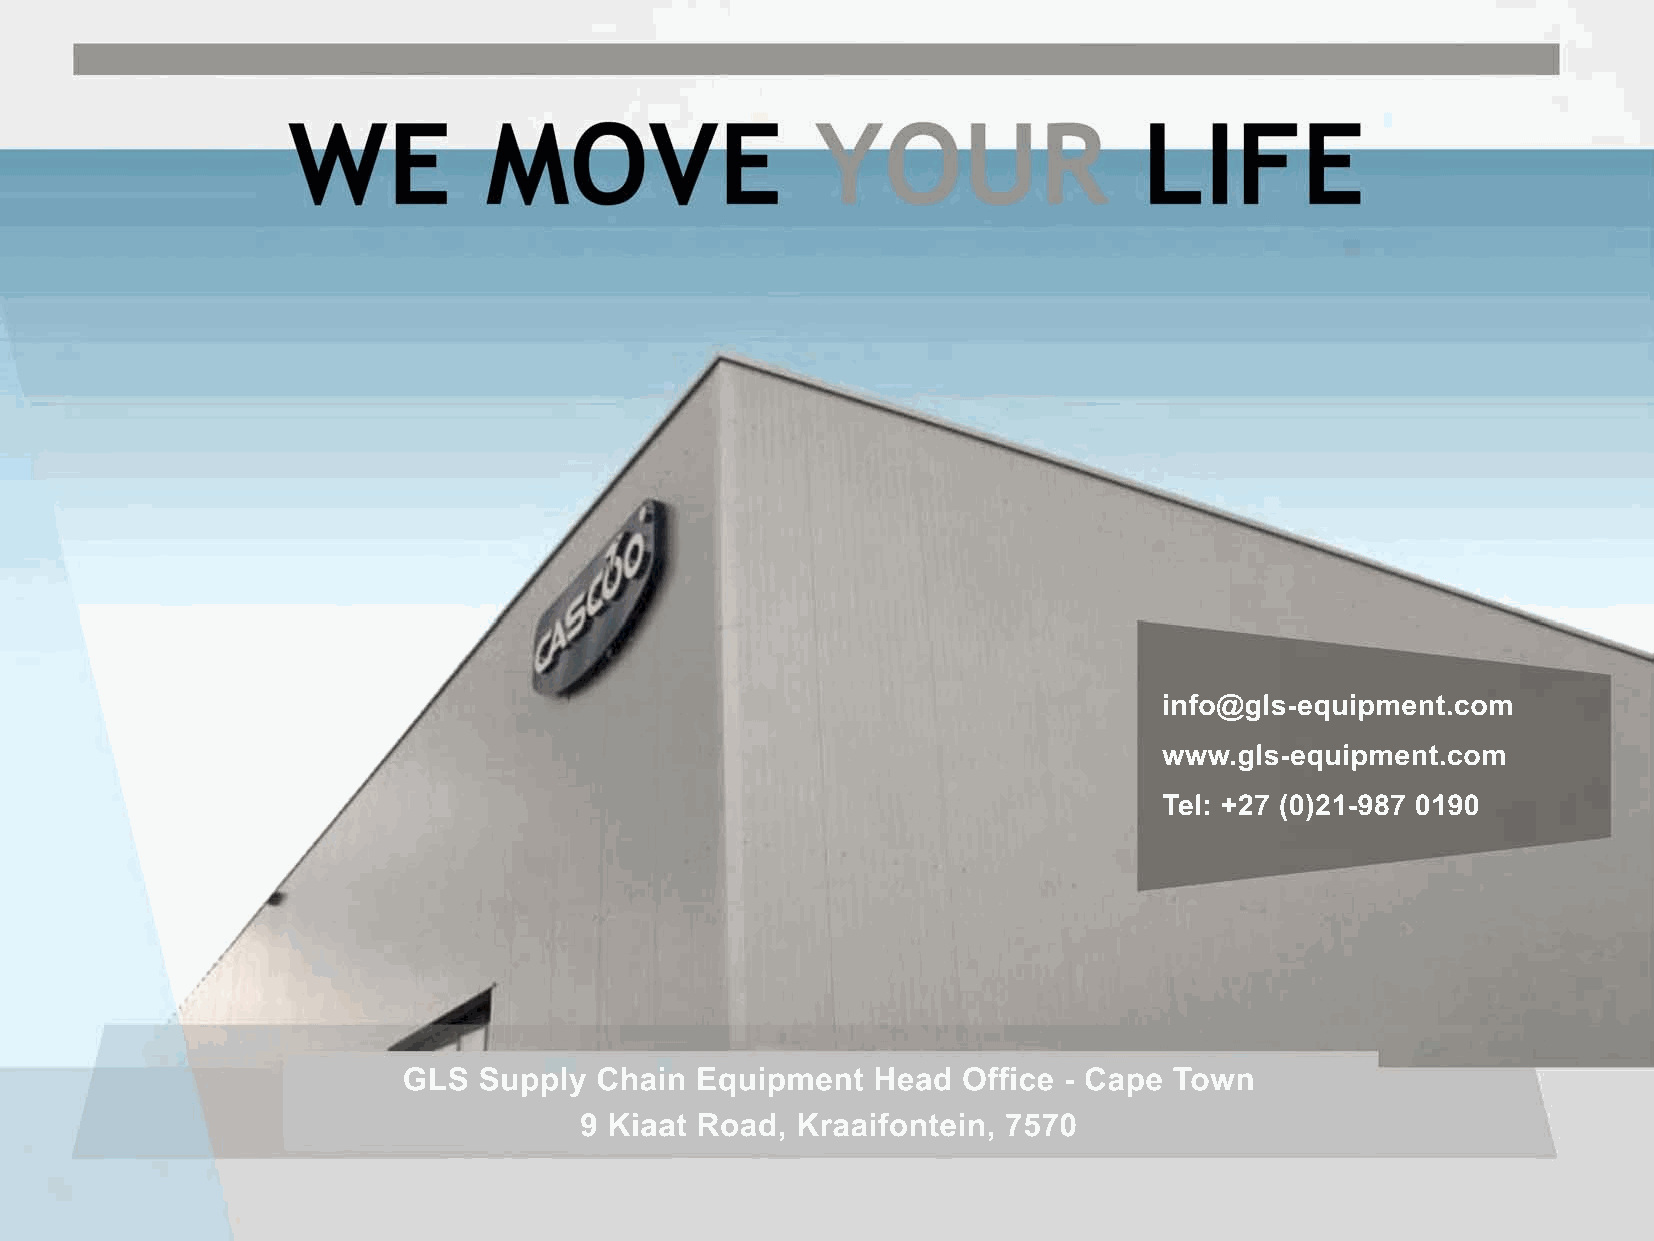
info@gls-equipment.com
 www.gls-equipment.com
 Tel: +27 (0)21-987 0190
 GLS  Supply Chain  Equipment   Head  Office - Cape Town
 9 Kiaat Road,  Kraaifontein, 7570